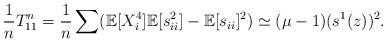
LaTeX: \begin{align*}\frac{1}{n}T^n_{11}=\frac{1}{n} \sum (\mathbb E[X_i^4]\mathbb E[s_{ii}^2]-\mathbb E[s_{ii}]^2)\simeq (\mu - 1) (s^1(z))^2.\end{align*}